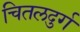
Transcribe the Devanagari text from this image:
चितलदुर्ग